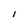
Character: 1